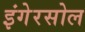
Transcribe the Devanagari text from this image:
इंगेरसोल